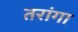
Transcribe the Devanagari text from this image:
तरांगा